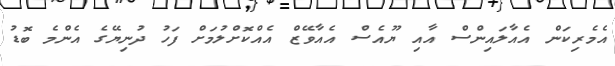
އެމެރިކަން އެއާލައިންސް އާއި ޔޫއެސް އެއާވޭޒް އެއްކޮށްލުމަށް ފަހު ދުނިޔޭގެ އެންމެ ބޮޑު